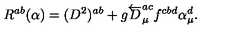
R ^ { a b } ( { \alpha } ) = ( D ^ { 2 } ) ^ { a b } + g \overleftarrow { D } _ { \mu } ^ { a c } f ^ { c b d } \alpha _ { \mu } ^ { d } .